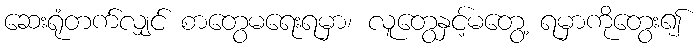
ဆေးရုံတက်လျှင် စာတွေမရေးရမှာ၊ လူတွေနှင့်မတွေ့ ရမှာကိုတွေး၍